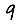
Digit: 9